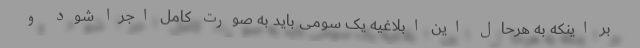
بر اینکه به هرحال این ابلاغیه یک سومی باید به صورت کامل اجرا شود و